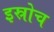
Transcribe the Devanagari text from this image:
इस्रोच